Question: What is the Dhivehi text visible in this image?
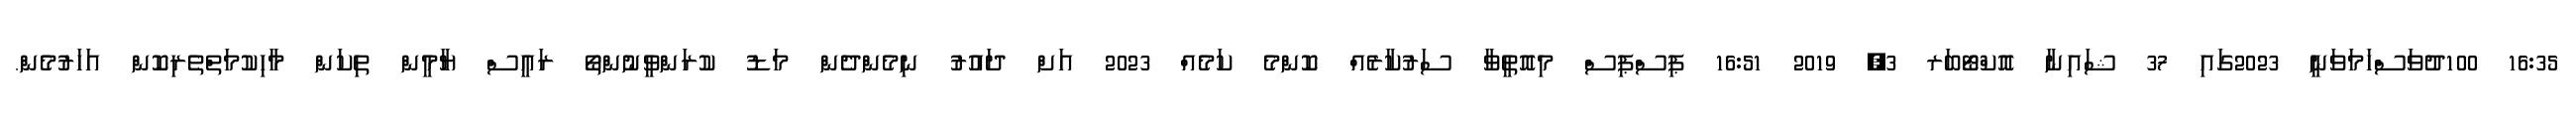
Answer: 16:35 100ދުވަސްހަމަވަނީ 2023ގައި 37 ޝައިނާ އޮކްޓޯބަރ 3, 2019 16:51 ޕިސްޕިސް މިއޮތީވާ ސަރުކާރެއް ކޮންމެ ކަމެއް 2023 އަށް ދައުރު ނިމެންދެން މަޑު ކުރަންވީނުންތޯ ރައީސް ޔާމީން ތިކަން މާހިކުމަތްތެރިކޮން އަހަރުމެން.